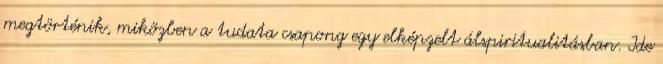
megtörténik, miközben a tudata csapong egy elképzelt álspiritualitásban. Ide